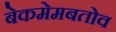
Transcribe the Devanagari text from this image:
बेकमेमबतोव